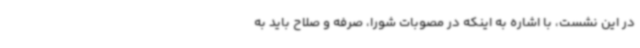
در این نشست، با اشاره به اینکه در مصوبات شورا، صرفه و صلاح باید به